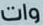
وات